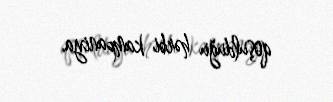
qoşulduğu hərbi kampaniya.